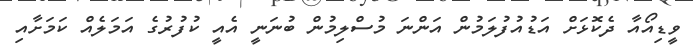
ވީޑިއޯއާ ދެކޮޅަށް އަޑުއުފުލަމުން އަންނަ މުސްލިމުން ބުނަނީ އެއީ ކުފުރުގެ އަމަލެއް ކަމަށާއި